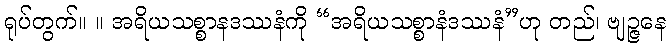
ရုပ်တွက်။ ။ အရိယသစ္စာနဒဿနံကို “အရိယသစ္စာနံဒဿနံ”ဟု တည်၊ ဗျဉ္ဇနေ